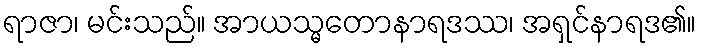
ရာဇာ၊ မင်းသည်။ အာယသ္မတောနာရဒဿ၊ အရှင်နာရဒ၏။